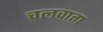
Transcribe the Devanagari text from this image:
चलवाता